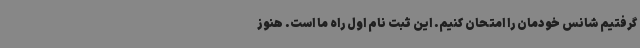
گرفتیم شانس خودمان را امتحان کنیم. این ثبت نام اول راه ما است. هنوز